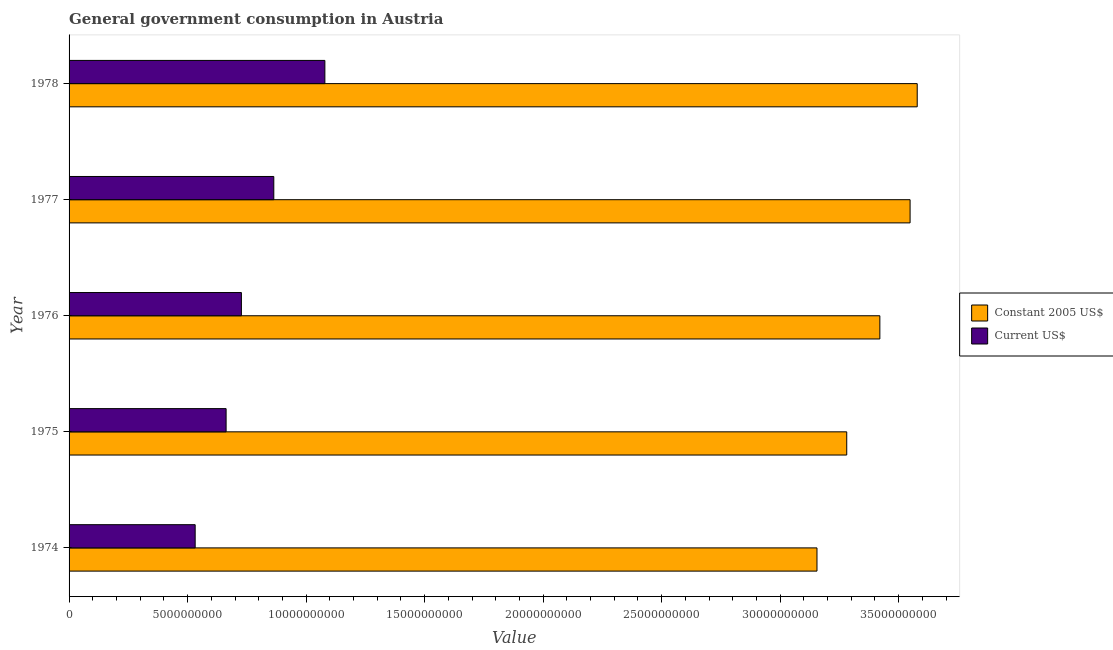
| Year | Constant 2005 US$ | Current US$ |
 | --- | --- | --- |
 | 1974 | 3.16e+10 | 5.32e+09 |
 | 1975 | 3.28e+10 | 6.63e+09 |
 | 1976 | 3.42e+10 | 7.27e+09 |
 | 1977 | 3.55e+10 | 8.64e+09 |
 | 1978 | 3.58e+10 | 1.08e+10 |